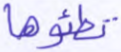
تطئوها